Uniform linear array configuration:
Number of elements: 8
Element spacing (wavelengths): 0.75
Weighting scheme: exponential
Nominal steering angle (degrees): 45
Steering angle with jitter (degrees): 46.398
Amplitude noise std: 0.05
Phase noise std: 0.05

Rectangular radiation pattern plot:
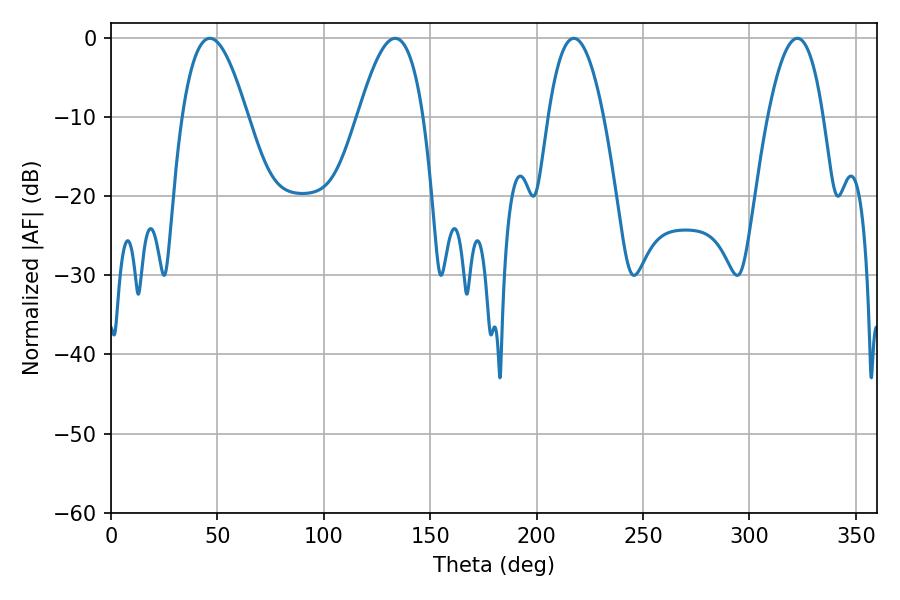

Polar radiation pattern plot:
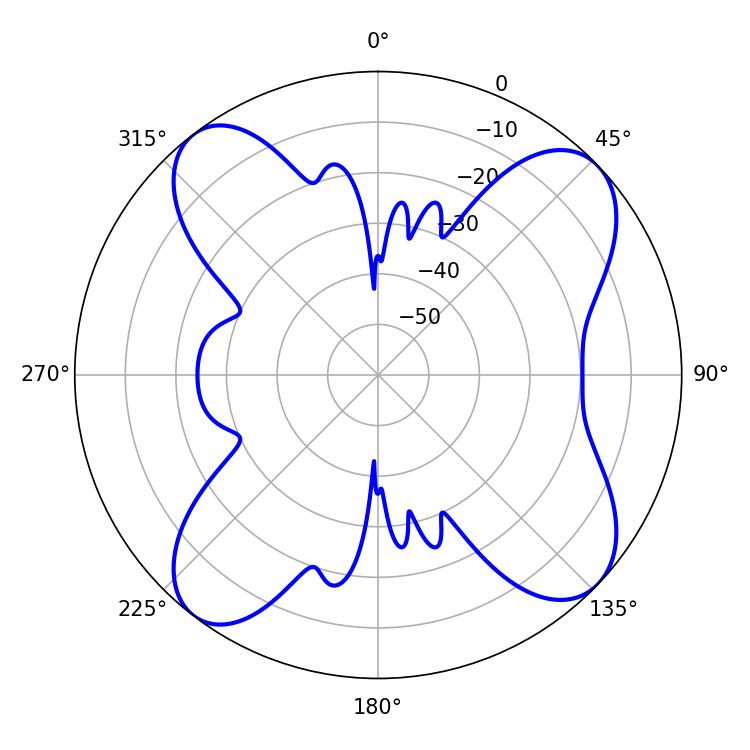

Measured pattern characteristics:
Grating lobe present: TRUE
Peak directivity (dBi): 11.451
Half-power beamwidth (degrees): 16.74
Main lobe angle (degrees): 46.44